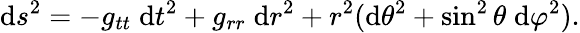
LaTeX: \mathrm{d}s^{2}=-g_{tt}\; \mathrm{d}t^{2}+g_{rr}\; \mathrm{d}r^{2}+r^{2}(\mathrm{d}\theta^{2}+\sin^{2}\theta\; \mathrm{d}\varphi^{2}).